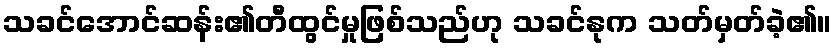
သခင်အောင်ဆန်း၏တီထွင်မှုဖြစ်သည်ဟု သခင်နုက သတ်မှတ်ခဲ့၏။